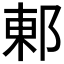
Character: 𮟽